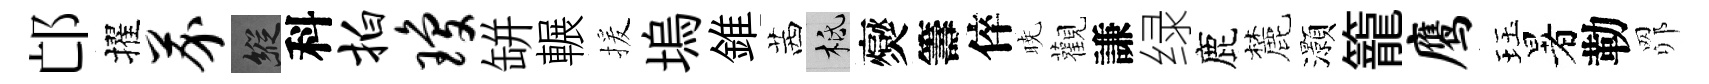
邙擢芥縱科拍琼缾輾援塢錐茜柢爕籌倅暁觀謙绿鹿麓灝籠鹰珏暑勒𦊑